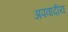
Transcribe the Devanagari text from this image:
अपवादीय